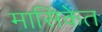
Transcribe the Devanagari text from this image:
मासिकेत